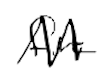
Text: fire
Cross-out: zig-zag
Writing tool: digital_black